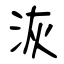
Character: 洃